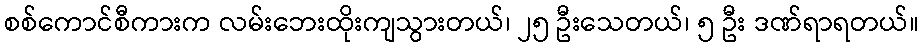
စစ်ကောင်စီကားက လမ်းဘေးထိုးကျသွားတယ်၊ ၂၅ ဦးသေတယ်၊ ၅ ဦး ဒဏ်ရာရတယ်။